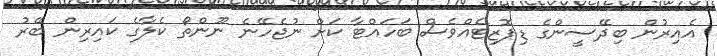
އެއިރުން ބިދޭސީންގެ ޑިޕޮޒިޓެއްވެސް ބަހައްޓާ ކަށް ނުޖެހޭނެ ނޫންތޯ ކެލާގެ ކައިރިން ބޭރު